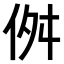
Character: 𠈞